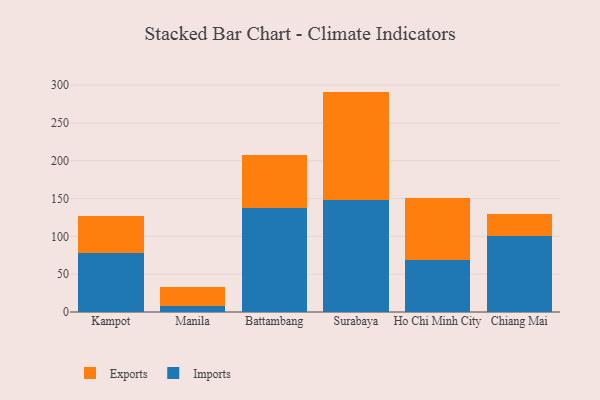
{"axis": {"x": "City", "y": "Shipments"}, "legend": ["Exports", "Imports"], "data": [{"x": "Kampot", "y": 77.8, "type": "Imports"}, {"x": "Kampot", "y": 49.1, "type": "Exports"}, {"x": "Manila", "y": 8.2, "type": "Imports"}, {"x": "Manila", "y": 24.7, "type": "Exports"}, {"x": "Battambang", "y": 138.2, "type": "Imports"}, {"x": "Battambang", "y": 69.4, "type": "Exports"}, {"x": "Surabaya", "y": 147.9, "type": "Imports"}, {"x": "Surabaya", "y": 143.6, "type": "Exports"}, {"x": "Ho Chi Minh City", "y": 68.6, "type": "Imports"}, {"x": "Ho Chi Minh City", "y": 81.9, "type": "Exports"}, {"x": "Chiang Mai", "y": 100.1, "type": "Imports"}, {"x": "Chiang Mai", "y": 29.9, "type": "Exports"}]}